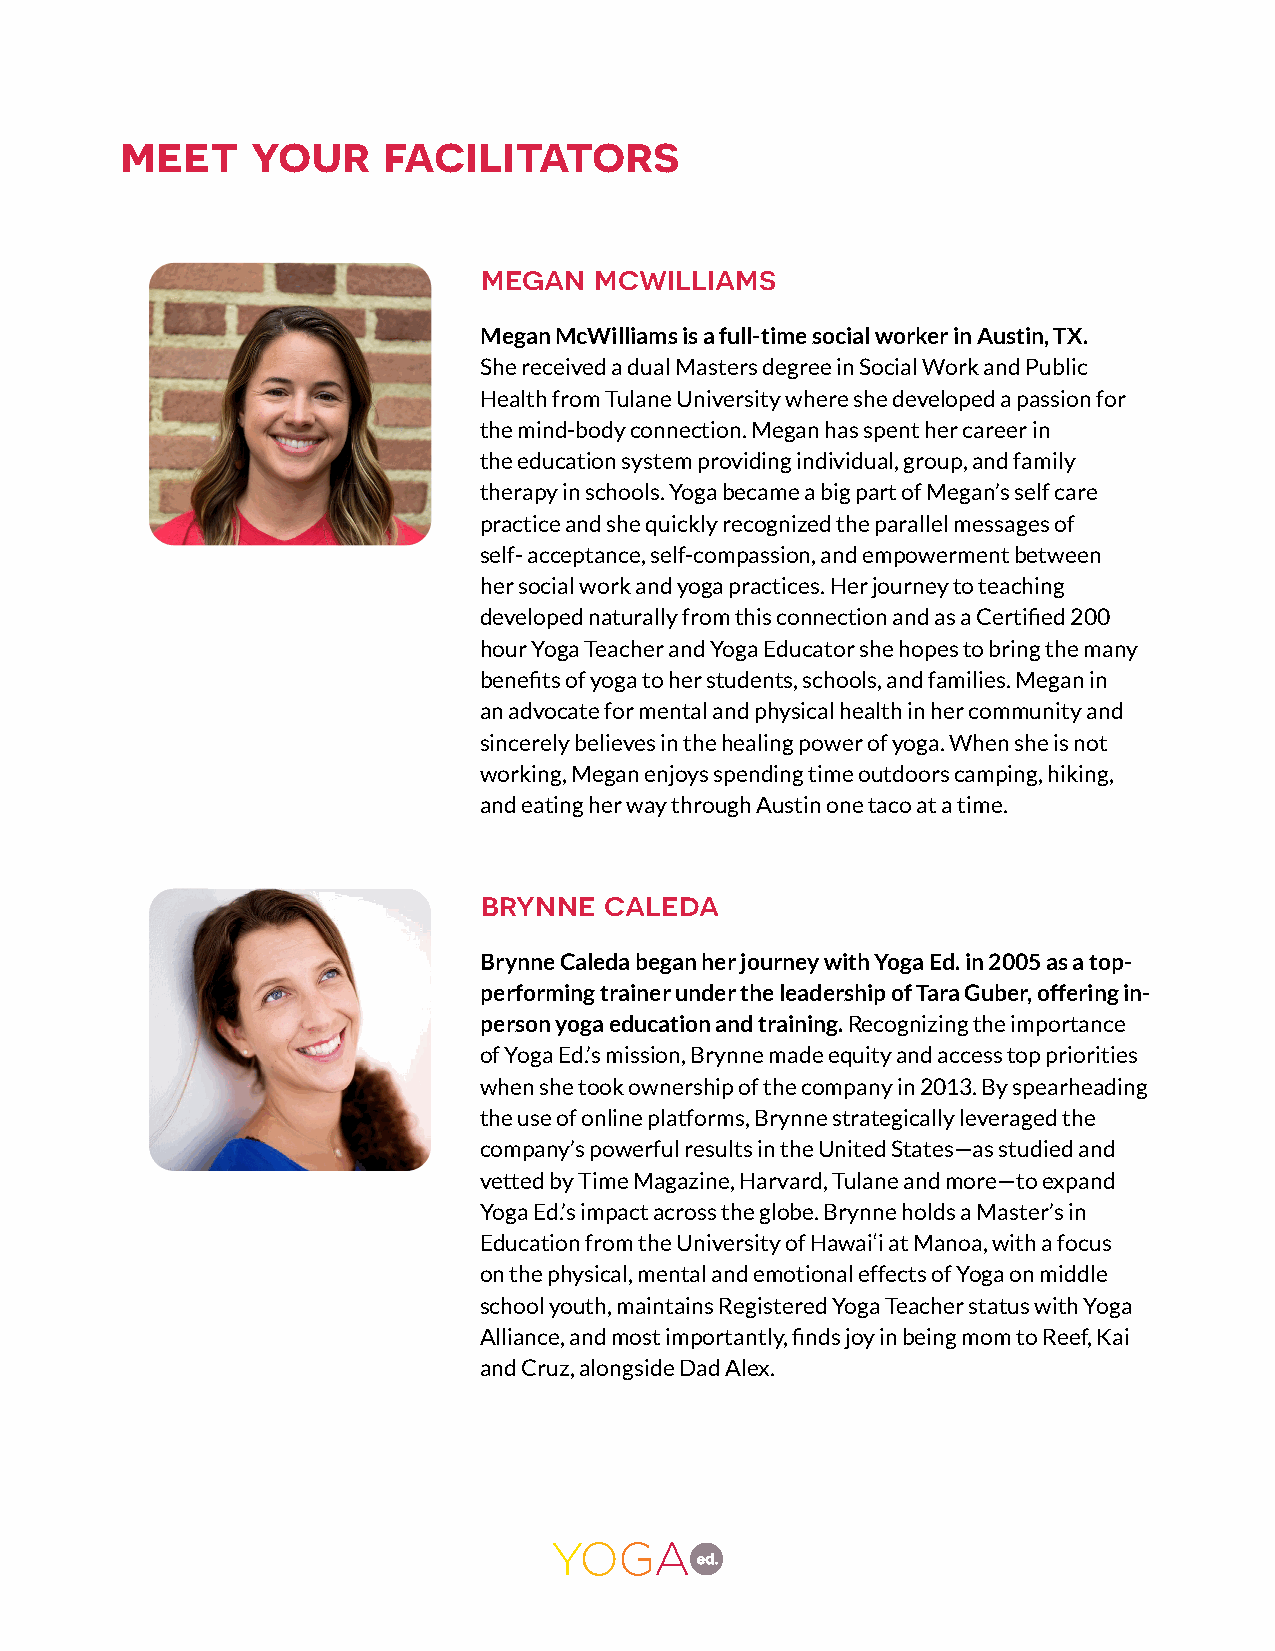
meet     your    facilitators
 megan  mcwilliams
 Megan McWilliams is a full-time social worker in Austin, TX.
 She received a dual Masters degree in Social Work and Public
 Health from Tulane University where she developed a passion for
 the mind-body connection. Megan has spent her career in
 the education system providing individual, group, and family
 therapy in schools. Yoga became a big part of Megan’s self care
 practice and she quickly recognized the parallel messages of
 self- acceptance, self-compassion, and empowerment between
 her social work and yoga practices. Her journey to teaching
 developed naturally from this connection and as a Certified 200
 hour Yoga Teacher and Yoga Educator she hopes to bring the many
 benefits of yoga to her students, schools, and families. Megan in
 an advocate for mental and physical health in her community and
 sincerely believes in the healing power of yoga. When she is not
 working, Megan enjoys spending time outdoors camping, hiking,
 and eating her way through Austin one taco at a time.
 brynne  caleda
 Brynne Caleda began her journey with Yoga Ed. in 2005 as a top-
 performing trainer under the leadership of Tara Guber, offering in-
 person yoga education and training. Recognizing the importance
 of Yoga Ed.’s mission, Brynne made equity and access top priorities
 when she took ownership of the company in 2013. By spearheading
 the use of online platforms, Brynne strategically leveraged the
 company’s powerful results in the United States—as studied and
 vetted by Time Magazine, Harvard, Tulane and more—to expand
 Yoga Ed.’s impact across the globe. Brynne holds a Master’s in
 Education from the University of Hawai‘i at Manoa, with a focus
 on the physical, mental and emotional effects of Yoga on middle
 school youth, maintains Registered Yoga Teacher status with Yoga
 Alliance, and most importantly, finds joy in being mom to Reef, Kai
 and Cruz, alongside Dad Alex.